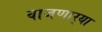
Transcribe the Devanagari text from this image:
वाजणार्‍या